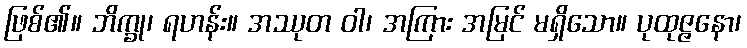
ဖြစ်၏။ ဘိက္ခု၊ ရဟန်း။ အဿုတ ဝါ၊ အကြား အမြင် မရှိသော။ ပုထုဇ္ဇနော၊